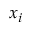
x _ { i }